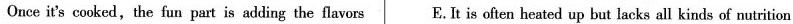
Once it's cooked,the fun part is adding the flavors E.It is often heated up but lacks all kinds of nutrition